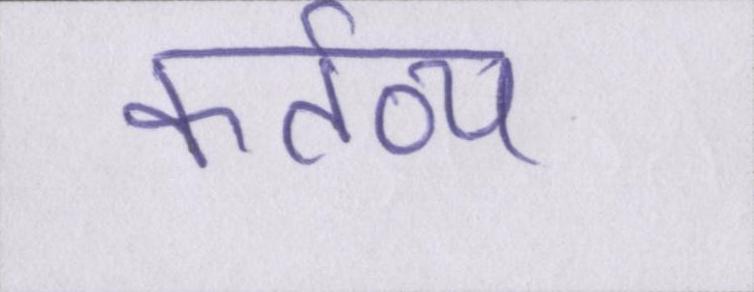
कर्तव्य